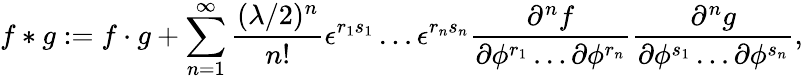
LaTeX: f\ast g:=f\cdot g+\sum_{n=1}^{\infty}{\frac{(\lambda/2)^{n}}{n!}}\epsilon^{r_{1}s_{1}}\dots\epsilon^{r_{n}s_{n}}{\frac{\partial^{n}f}{\partial\phi^{r_{1}}\dots\partial\phi^{r_{n}}}}{\frac{\partial^{n}g}{\partial\phi^{s_{1}}\dots\partial\phi^{s_{n}}}},